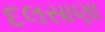
દલસાણા